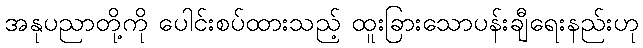
အနုပညာတို့ကို ပေါင်းစပ်ထားသည့် ထူးခြားသောပန်းချီရေးနည်းဟု